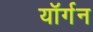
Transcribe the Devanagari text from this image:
यॉर्गन